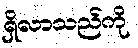
ရှိလာသည်ကို